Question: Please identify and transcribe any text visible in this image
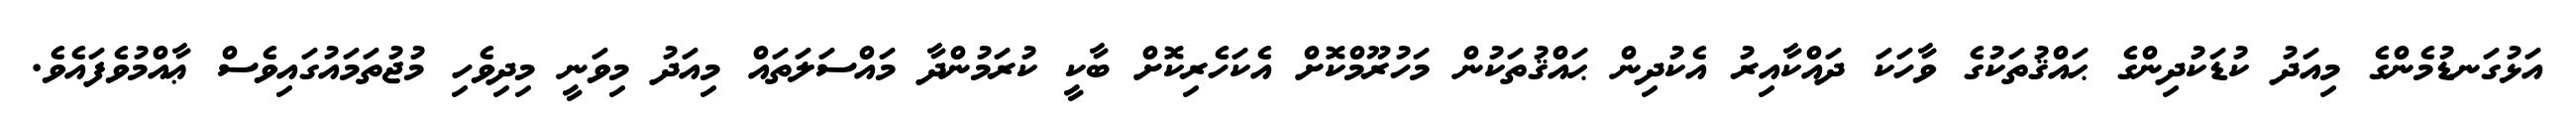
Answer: އަޅުގަނޑުމެންގެ މިއަދު ކުޑަކުދިންގެ ޙައްޤުތަކުގެ ވާހަކަ ދައްކާއިރު އެކުދިން ޙައްޤުތަކުން މަހުރޫމްކޮށް އެކަހެރިކޮށް ބާކީ ކުރަމުންދާ މައްސަލަތައް މިއަދު މިވަނީ މިދިވެހި މުޖުތަމައުގައިވެސް ޢާއްމުވެފައެވެ.